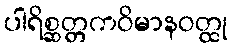
ပါရိစ္ဆတ္တကဝိမာနဝတ္ထု